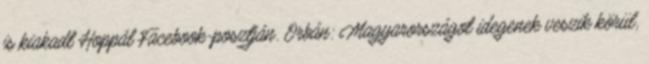
is kiakadt Hoppál Facebook-posztján. Orbán: Magyarországot idegenek veszik körül,